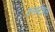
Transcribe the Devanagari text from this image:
कंसन्ट्रेशंस